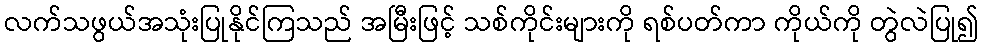
လက်သဖွယ်အသုံးပြုနိုင်ကြသည် အမြီးဖြင့် သစ်ကိုင်းများကို ရစ်ပတ်ကာ ကိုယ်ကို တွဲလဲပြု၍